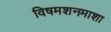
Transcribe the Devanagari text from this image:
विषमशनमाशा